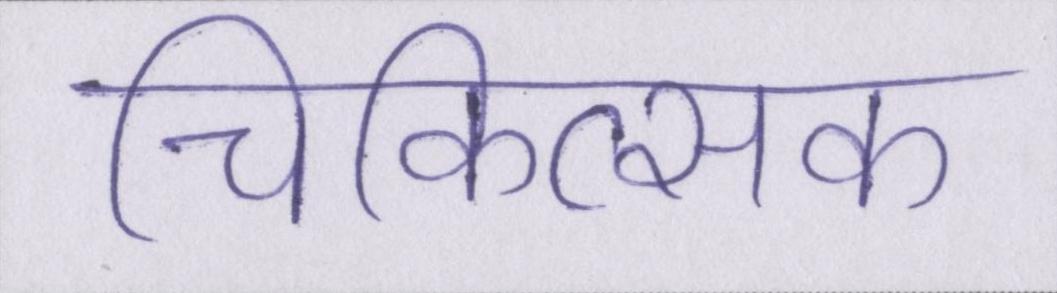
चिकित्सक